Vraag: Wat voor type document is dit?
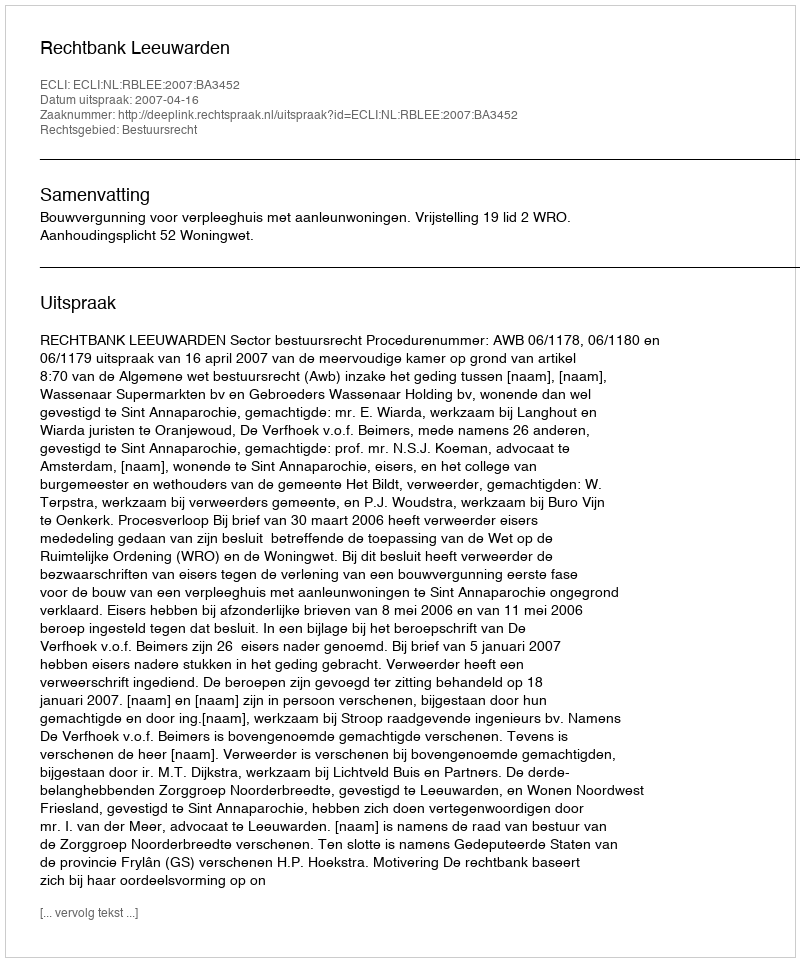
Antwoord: Uitspraak